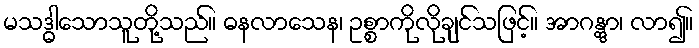
မသဒ္ဓါသောသူတို့သည်။ ဓနလာသေန၊ ဥစ္စာကိုလိုချင်သဖြင့်။ အာဂန္တွာ၊ လာ၍။